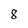
Character: 8